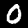
Label: 0